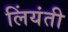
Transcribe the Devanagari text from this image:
लिंयंती